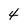
Character: 4